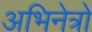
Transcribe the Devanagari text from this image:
अभिनेत्रो